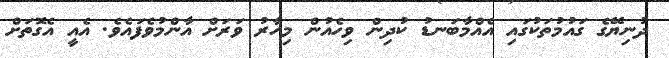
ދުނިޔޭގެ ގައުމުތަކުގައި އެއްމާބަނޑު ކުދިން ވިހެއުން މިހާރު ވަރަށް އާންމުވެފައެވެ. އެއީ އެގޮތަށް